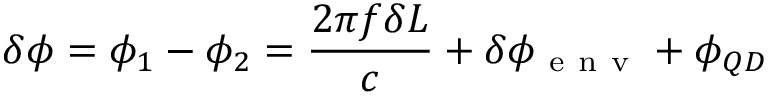
\delta \phi = \phi _ { 1 } - \phi _ { 2 } = \frac { 2 \pi f \delta L } { c } + \delta \phi _ { \mathrm { ~ e ~ n ~ v ~ } } + \phi _ { Q D }